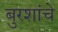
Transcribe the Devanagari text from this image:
बुरशांचे